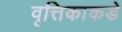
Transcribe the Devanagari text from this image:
वृत्तिकाकडे